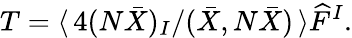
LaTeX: T=\langle\, 4(N\bar{X})_{I}/(\bar{X},N\bar{X})\, \rangle\widehat{F}^{I}.